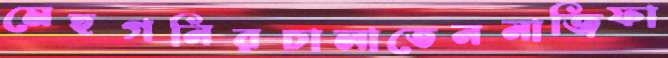
মেহগনিরচালাতেননাজিফা